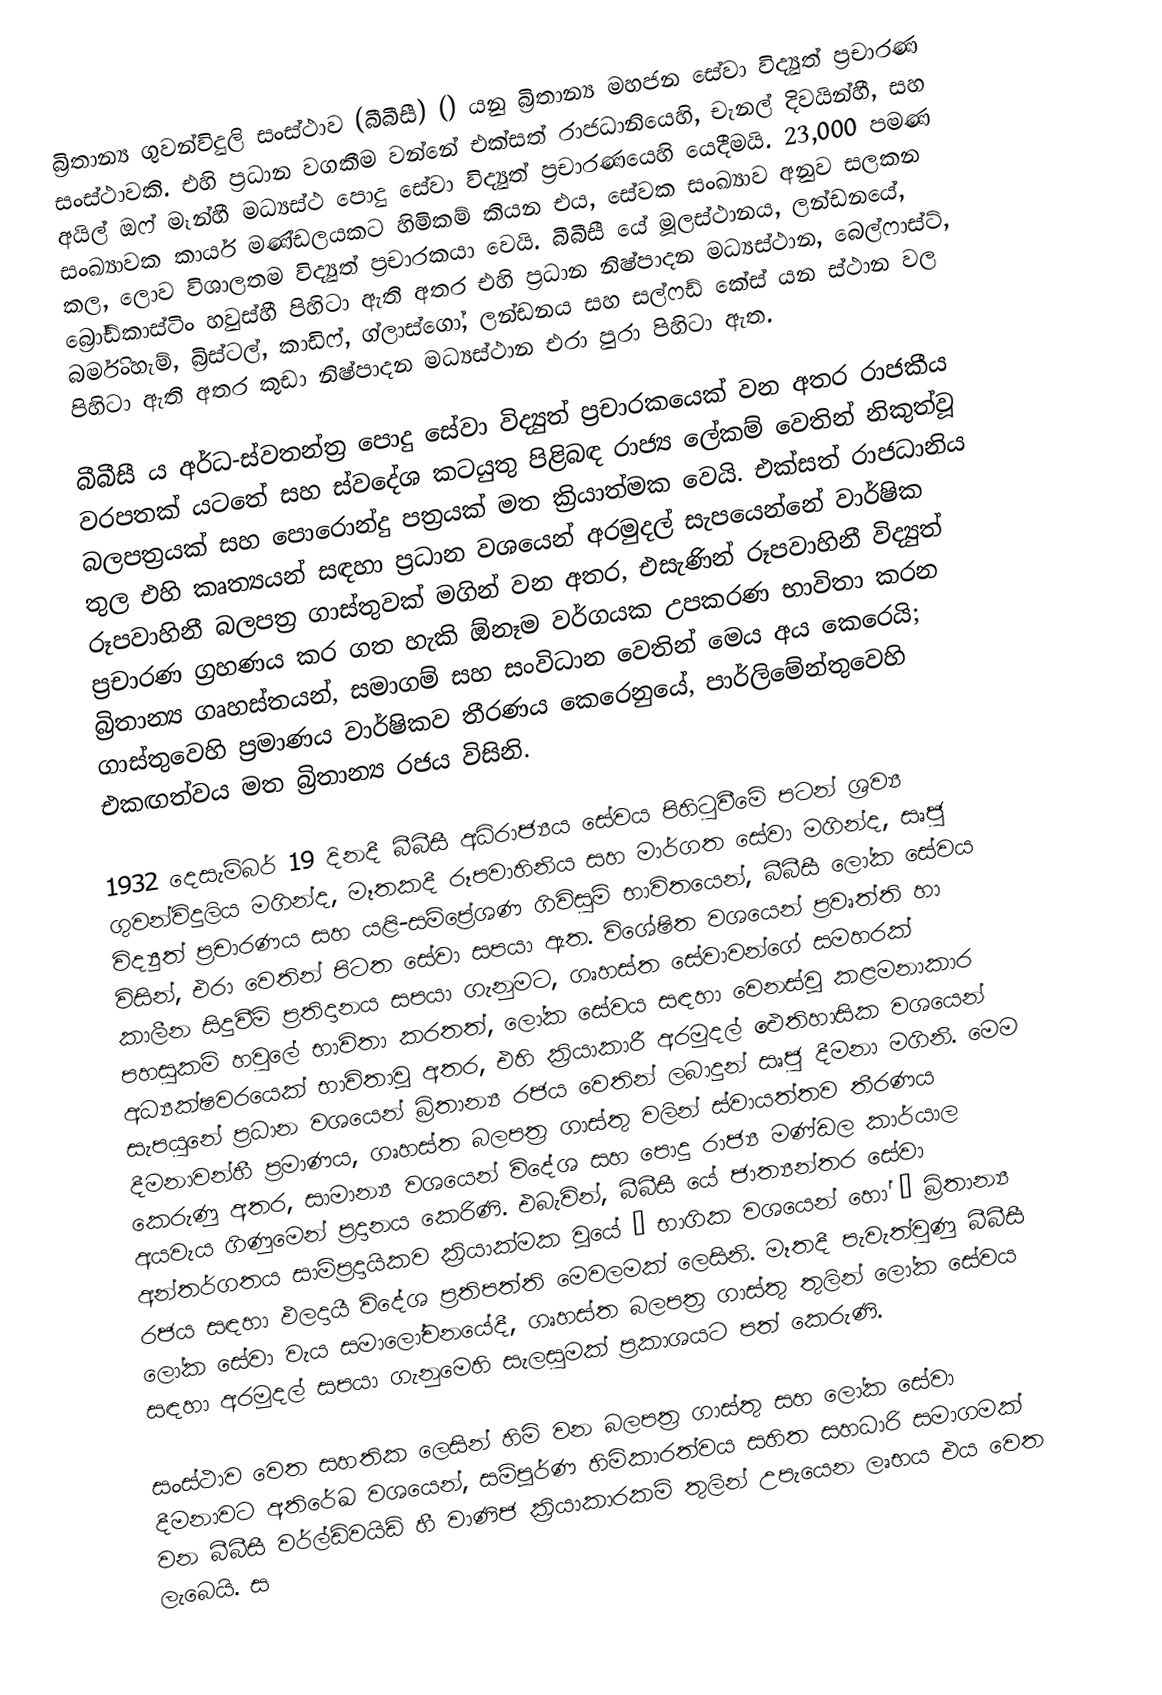
බ්‍රිතාන්‍ය ගුවන්විදුලි සංස්ථාව (බීබීසී) () යනු බ්‍රිතාන්‍ය මහජන සේවා විද්‍යුත් ප්‍රචාරණ සංස්ථාවකි. එහි ප්‍රධාන වගකීම වන්නේ එක්සත් රාජධානියෙහි,  චැනල් දිවයින්හී, සහ අයිල් ඔෆ් මෑන්හී මධ්‍යස්ථ  පොදු සේවා විද්‍යුත් ප්‍රචාරණයෙහි යෙදීමයි. 23,000 පමණ සංඛ්‍යාවක කාර්ය මණ්ඩලයකට හිමිකම් කියන එය, සේවක සංඛ්‍යාව අනුව සලකන කල, ලොව විශාලතම විද්‍යුත් ප්‍රචාරකයා වෙයි.   බීබීසී යේ මූලස්ථානය,  ලන්ඩනයේ,   බ්‍රෝඩ්කාස්ටිං හවුස්හී පිහිටා ඇති අතර එහි ප්‍රධාන නිෂ්පාදන මධ්‍යස්ථාන, බෙල්ෆාස්ට්, බර්මිංහැම්, බ්‍රිස්ටල්, කාඩිෆ්, ග්ලාස්ගෝ, ලන්ඩනය සහ  සල්ෆඩ් කේස් යන ස්ථාන වල පිහිටා ඇති අතර කුඩා නිෂ්පාදන මධ්‍යස්ථාන එරා පුරා පිහිටා ඇත.

බීබීසී ය අර්ධ-ස්වතන්ත්‍ර පොදු සේවා විද්‍යුත් ප්‍රචාරකයෙක් වන අතර  රාජකීය වරපතක් යටතේ සහ   ස්වදේශ කටයුතු පිළිබඳ රාජ්‍ය ලේකම් වෙතින් නිකුත්වූ බලපත්‍රයක් සහ පොරොන්දු පත්‍රයක් මත ක්‍රියාත්මක වෙයි. එක්සත් රාජධානිය තුල එහි කෘත්‍යයන් සඳහා ප්‍රධාන වශයෙන් අරමුදල්  සැපයෙන්නේ වාර්ෂික රූපවාහිනී බලපත්‍ර ගාස්තුවක් මගින් වන අතර, එසැණින් රූපවාහිනී විද්‍යුත් ප්‍රචාරණ ග්‍රහණය කර ගත හැකි ඕනෑම වර්ගයක උපකරණ භාවිතා කරන බ්‍රිතාන්‍ය ගෘහස්තයන්, සමාගම් සහ සංවිධාන වෙතින් මෙය අය කෙරෙයි; ගාස්තුවෙහි ප්‍රමාණය වාර්ෂිකව තීරණය කෙරෙනුයේ,   පාර්ලිමේන්තුවෙහි එකඟත්වය මත බ්‍රිතාන්‍ය රජය විසිනි.

1932 දෙසැම්බර් 19 දිනදී බීබීසී අධිරාජ්‍යය සේවය පිහිටුවීමේ පටන් ශ්‍රව්‍ය ගුවන්විදුලිය මගින්ද, මෑතකදී රූපවාහිනිය සහ මාර්ගත සේවා මගින්ද, සෘජු විද්‍යුත් ප්‍රචාරණය සහ යළි-සම්ප්‍රේශණ ගිවිසුම් භාවිතයෙන්,  බීබීසී ලෝක සේවය විසින්,   එරා වෙතින් පිටත සේවා සපයා ඇත. විශේෂිත වශයෙන් ප්‍රවෘත්ති හා කාලීන සිදුවීම් ප්‍රතිදානය සපයා ගැනුමට,  ගෘහස්ත සේවාවන්ගේ සමහරක් පහසුකම් හවුලේ භාවිතා කරතත්, ලෝක සේවය සඳහා වෙනස්වූ කළමනාකාර අධ්‍යක්ෂවරයෙක් භාවිතාවූ අතර, එහි ක්‍රියාකාරී අරමුදල් ඓතිහාසික වශයෙන් සැපයුනේ ප්‍රධාන වශයෙන් බ්‍රිතාන්‍ය රජය වෙතින් ලබාදුන් සෘජු දීමනා මගිනි. මෙම දීමනාවන්හී ප්‍රමාණය, ගෘහස්ත බලපත්‍ර ගාස්තු වලින් ස්වායත්තව තීරණය කෙරුණු අතර, සාමාන්‍ය වශයෙන් විදේශ සහ පොදු රාජ්‍ය මණ්ඩල කාර්යාල අයවැය ගිණුමෙන් ප්‍රදානය කෙරිණි. එබැවින්, බීබීසී යේ ජාත්‍යන්තර සේවා අන්තර්ගතය සාම්ප්‍රදායිකව ක්‍රියාක්මක වූයේ – භාගික වශයෙන් හෝ – බ්‍රිතාන්‍ය රජය සඳහා ඵලදායී විදේශ ප්‍රතිපත්ති මෙවලමක් ලෙසිනි.  මෑතදී පැවැත්වුණු බීබීසී ලෝක සේවා වැය සමාලෝචනයේදී, ගෘහස්ත බලපත්‍ර ගාස්තු තුලින් ලෝක සේවය සඳහා අරමුදල් සපයා ගැනුමෙහි  සැලසුමක් ප්‍රකාශයට පත් කෙරුණි.

සංස්ථාව වෙත සහතික ලෙසින් හිමි වන බලපත්‍ර ගාස්තු සහ ලෝක සේවා දීමනාවට අතිරේඛ වශයෙන්, සම්පූර්ණ හිමිකාරත්වය සහිත සහධාරි සමාගමක් වන  බීබීසී වර්ල්ඩ්වයිඩ් හී වාණිජ ක්‍රියාකාරකම් තුලින් උපැයෙන ලෘභය එය වෙත ලැබෙයි. ස